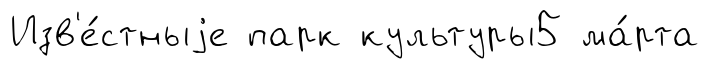
Изв'е́стныjе парк культуры5 ма́рта